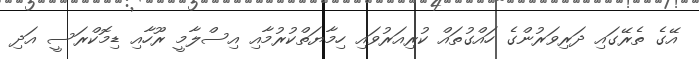
އޭގެ ތެރޭގައި ދަރިވަރުންގެ ހައްގުތައް ކުރިއަރުވައި ހިމާޔަތްކުރުމާއި އިސްލާމީ ރޫހާއި ޑިމޮކްރަސީ އަދި